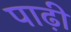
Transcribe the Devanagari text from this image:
पाढ़ी